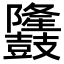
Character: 𪔳